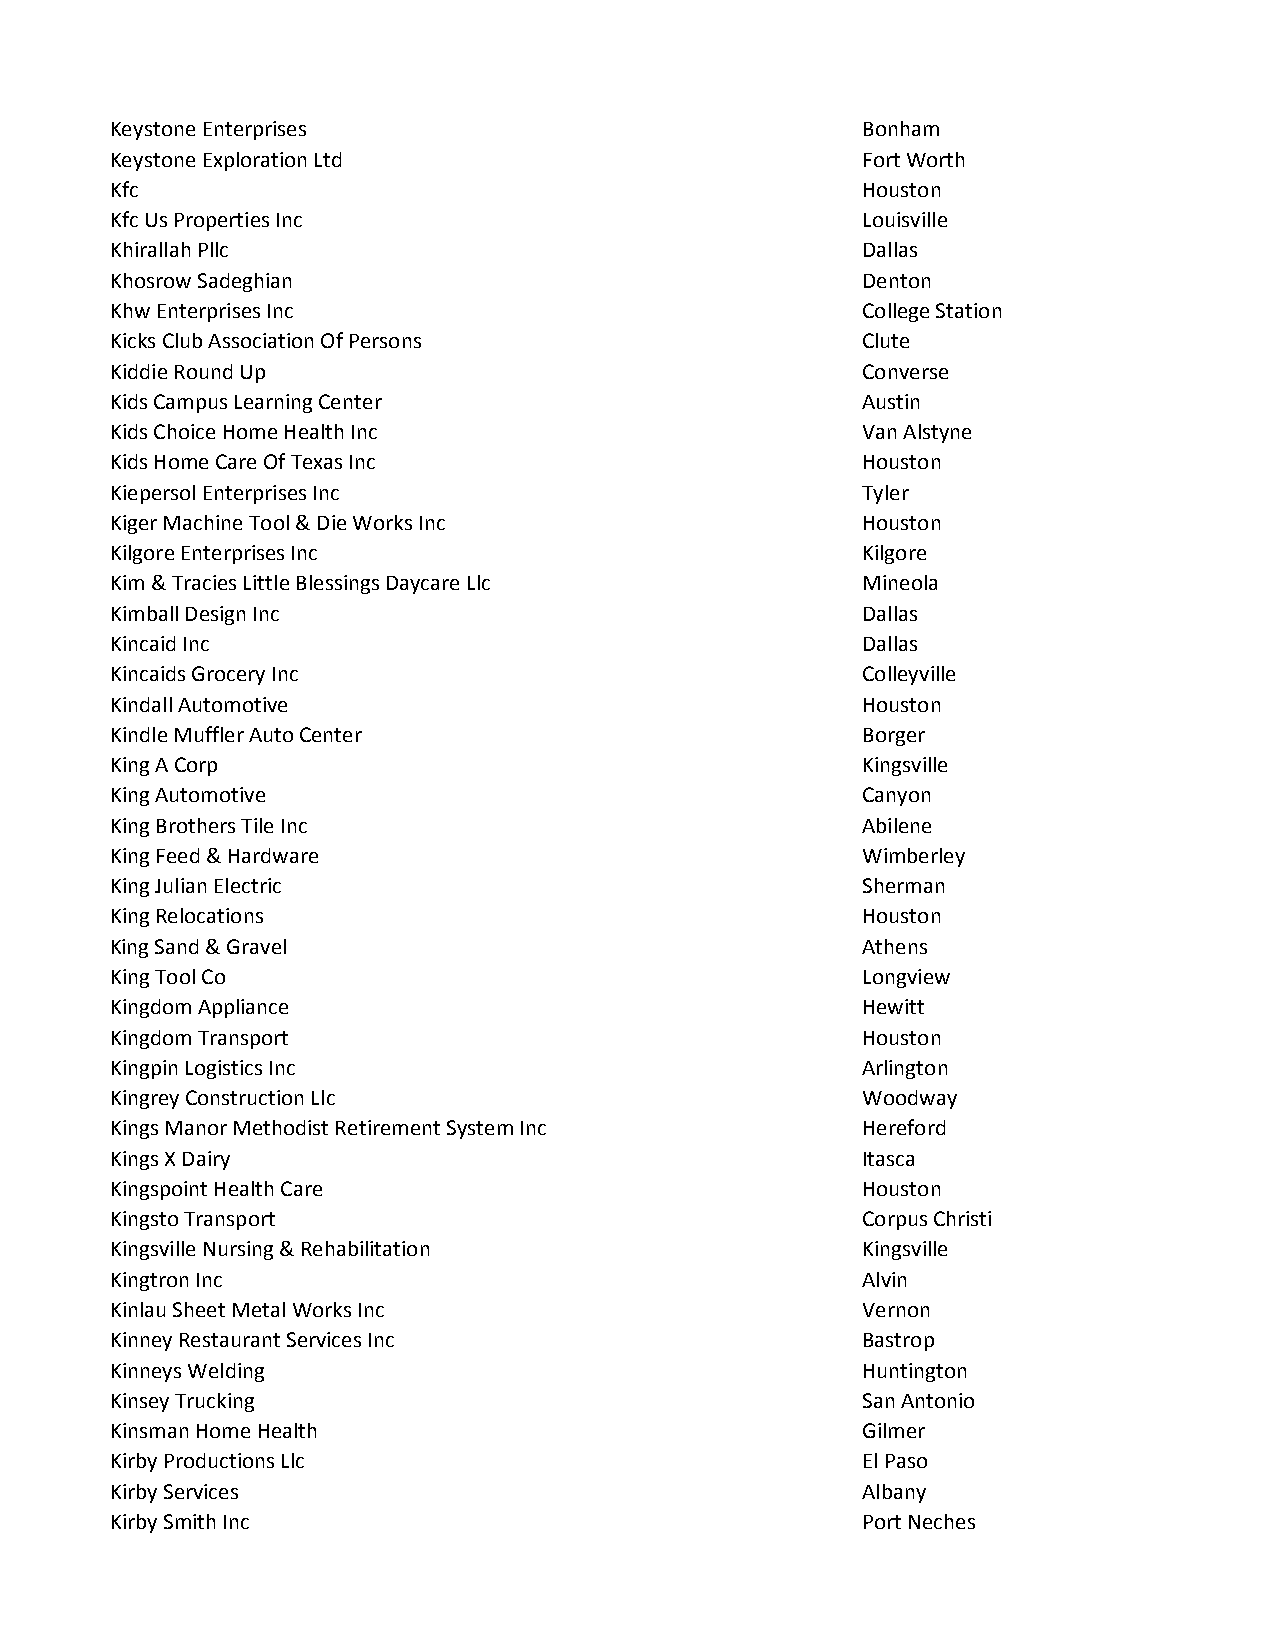
Keystone Enterprises                              Bonham
 Keystone Exploration Ltd                          Fort Worth
 Kfc                                               Houston
 Kfc Us Properties Inc                             Louisville
 Khirallah Pllc                                    Dallas
 Khosrow Sadeghian                                 Denton
 Khw Enterprises Inc                               College Station
 Kicks Club Association Of Persons                 Clute
 Kiddie Round Up                                   Converse
 Kids Campus Learning Center                       Austin
 Kids Choice Home Health Inc                       Van Alstyne
 Kids Home Care Of Texas Inc                       Houston
 Kiepersol Enterprises Inc                         Tyler
 Kiger Machine Tool & Die Works Inc                Houston
 Kilgore Enterprises Inc                           Kilgore
 Kim & Tracies Little Blessings Daycare Llc        Mineola
 Kimball Design Inc                                Dallas
 Kincaid Inc                                       Dallas
 Kincaids Grocery Inc                              Colleyville
 Kindall Automotive                                Houston
 Kindle Muffler Auto Center                        Borger
 King A Corp                                       Kingsville
 King Automotive                                   Canyon
 King Brothers Tile Inc                            Abilene
 King Feed & Hardware                              Wimberley
 King Julian Electric                              Sherman
 King Relocations                                  Houston
 King Sand & Gravel                                Athens
 King Tool Co                                      Longview
 Kingdom Appliance                                 Hewitt
 Kingdom Transport                                 Houston
 Kingpin Logistics Inc                             Arlington
 Kingrey Construction Llc                          Woodway
 Kings Manor Methodist Retirement System Inc       Hereford
 Kings X Dairy                                     Itasca
 Kingspoint Health Care                            Houston
 Kingsto Transport                                 Corpus Christi
 Kingsville Nursing & Rehabilitation               Kingsville
 Kingtron Inc                                      Alvin
 Kinlau Sheet Metal Works Inc                      Vernon
 Kinney Restaurant Services Inc                    Bastrop
 Kinneys Welding                                   Huntington
 Kinsey Trucking                                   San Antonio
 Kinsman Home Health                               Gilmer
 Kirby Productions Llc                             El Paso
 Kirby Services                                    Albany
 Kirby Smith Inc                                   Port Neches